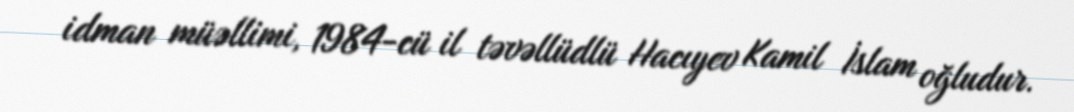
idman müəllimi, 1984-cü il təvəllüdlü Hacıyev Kamil İslam oğludur.